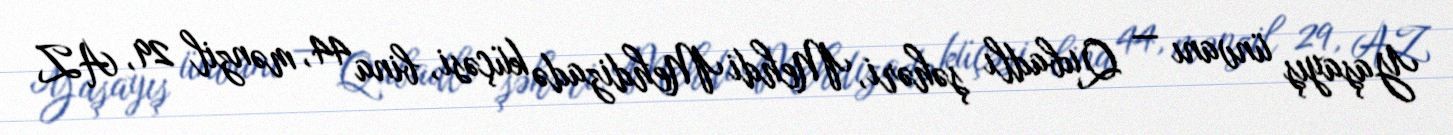
Yaşayış ünvanı — Qubadlı şəhəri, Mehdi Mehdizadə küçəsi, bina 44, mənzil 29, AZ